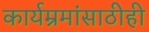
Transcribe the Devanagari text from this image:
कार्यम्रमांसाठीही